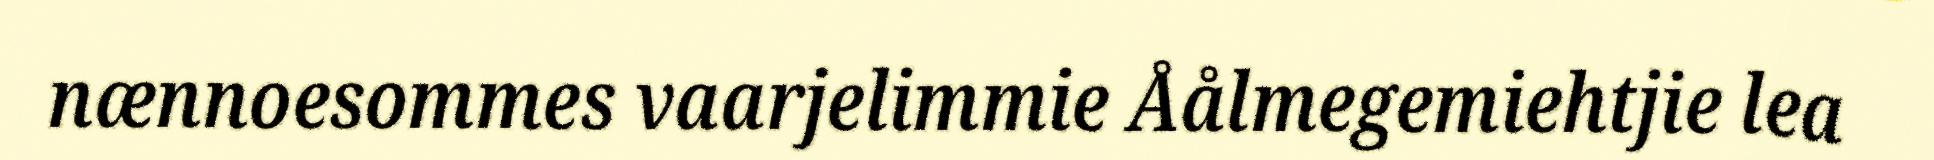
nænnoesommes vaarjelimmie Åålmegemiehtjie lea